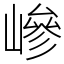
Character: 㠁